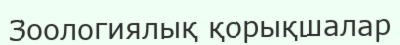
Зоологиялық қорықшалар